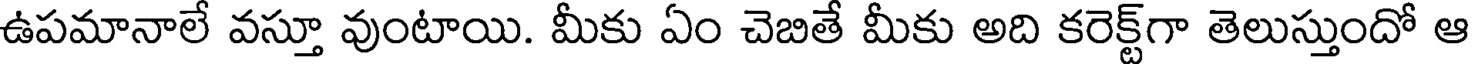
ఉపమానాలే వస్తూ వుంటాయి. మీకు ఏం చెబితే మీకు అది కరెక్ట్గా తెలుస్తుందో ఆ